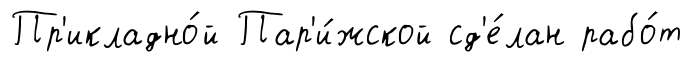
Пр'икладно́й Пар'и́жской сд'е́лан рабо́т